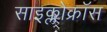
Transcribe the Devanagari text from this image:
साइक्लोक्रॉस